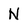
Character: N